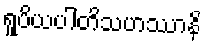
ရူပိယပါတိသဟဿာနိ